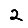
Digit: 2